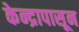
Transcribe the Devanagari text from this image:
केन्द्रापासून